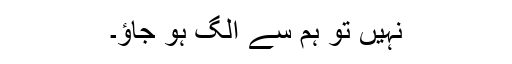
نہیں تو ہم سے الگ ہو جاؤ۔